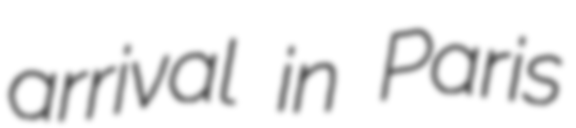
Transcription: arrival in Paris